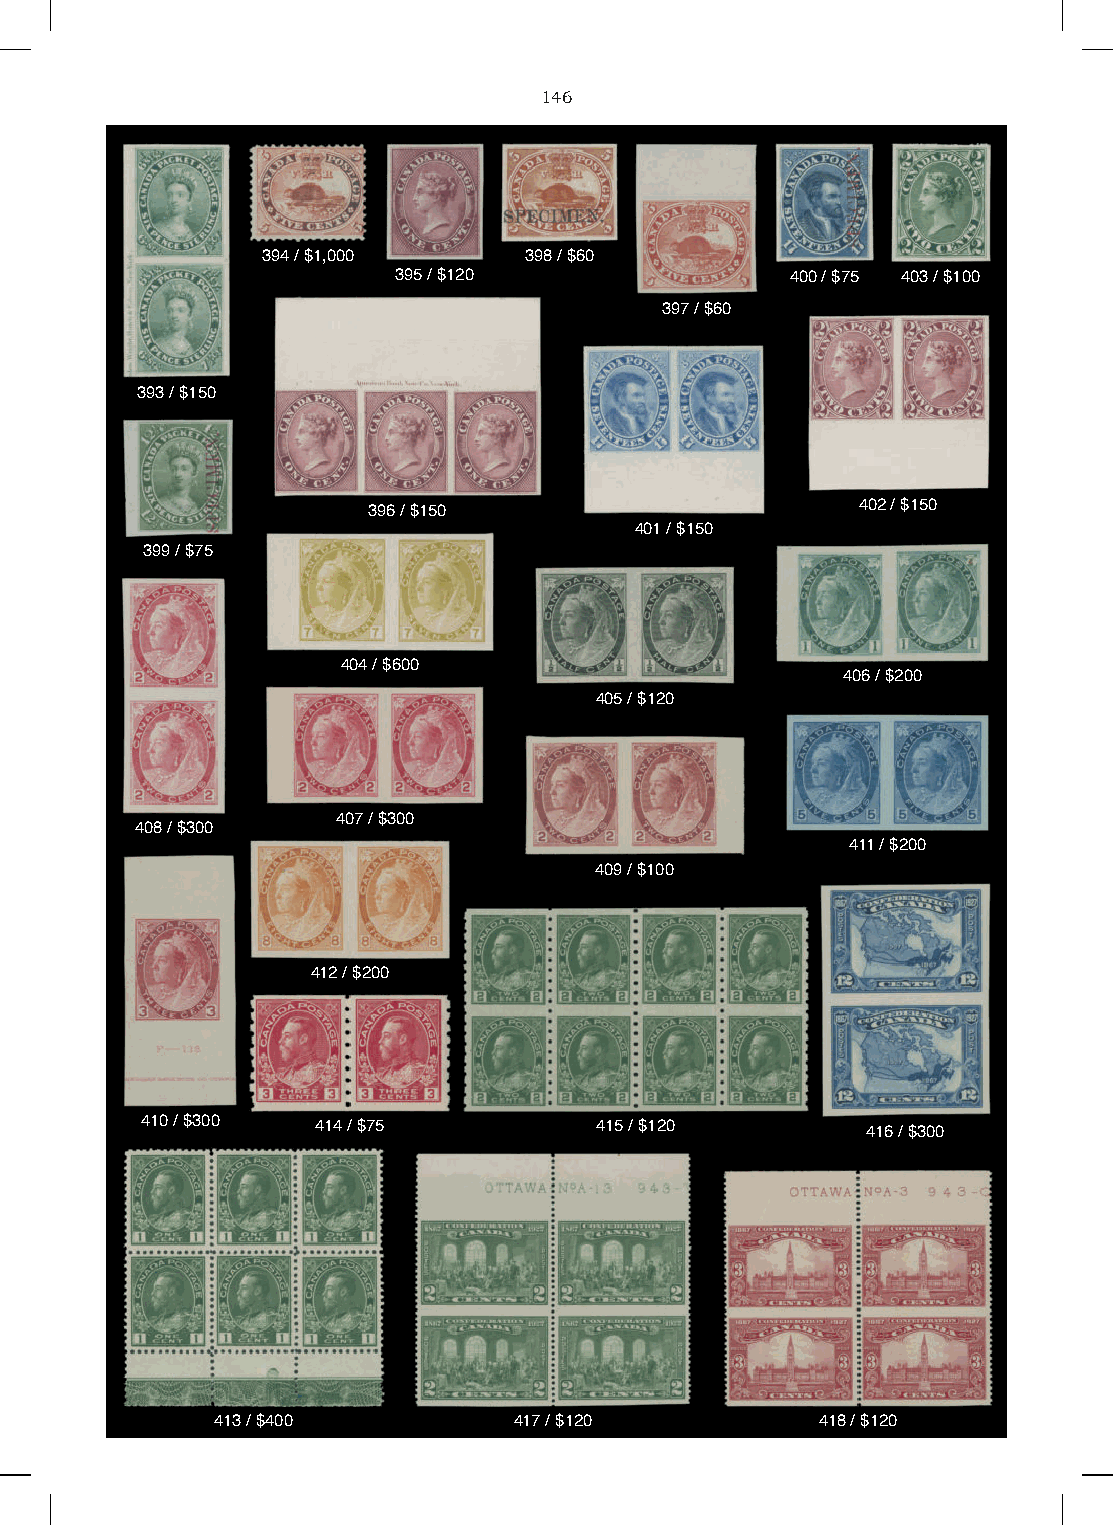
146
 394 / $1,000      398 / $60
 395 / $120                400 / $75 403 / $100
 397 / $60
 393 / $150
 396 / $150                       402 / $150
 401 / $150
 399 / $75
 404 / $600
 406 / $200
 405 / $120
 407 / $300
 408 / $300
 411 / $200
 409 / $100
 412 / $200
 410 / $300  414 / $75         415 / $120        416 / $300
 413 / $400          417 / $120          418 / $120